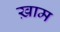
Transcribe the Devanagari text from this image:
ख़ाम